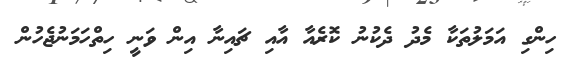
ހިންގި އަމަލުތަކާ މެދު ދެކުނު ކޮރެއާ އާއި ޗައިނާ އިން ވަނީ ހިތްހަމަނުޖެހުން